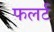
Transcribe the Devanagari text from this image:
फलर्ट